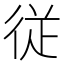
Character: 従